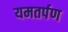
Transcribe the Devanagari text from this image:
यमतर्पण